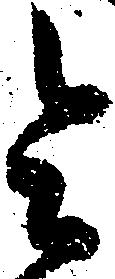
令